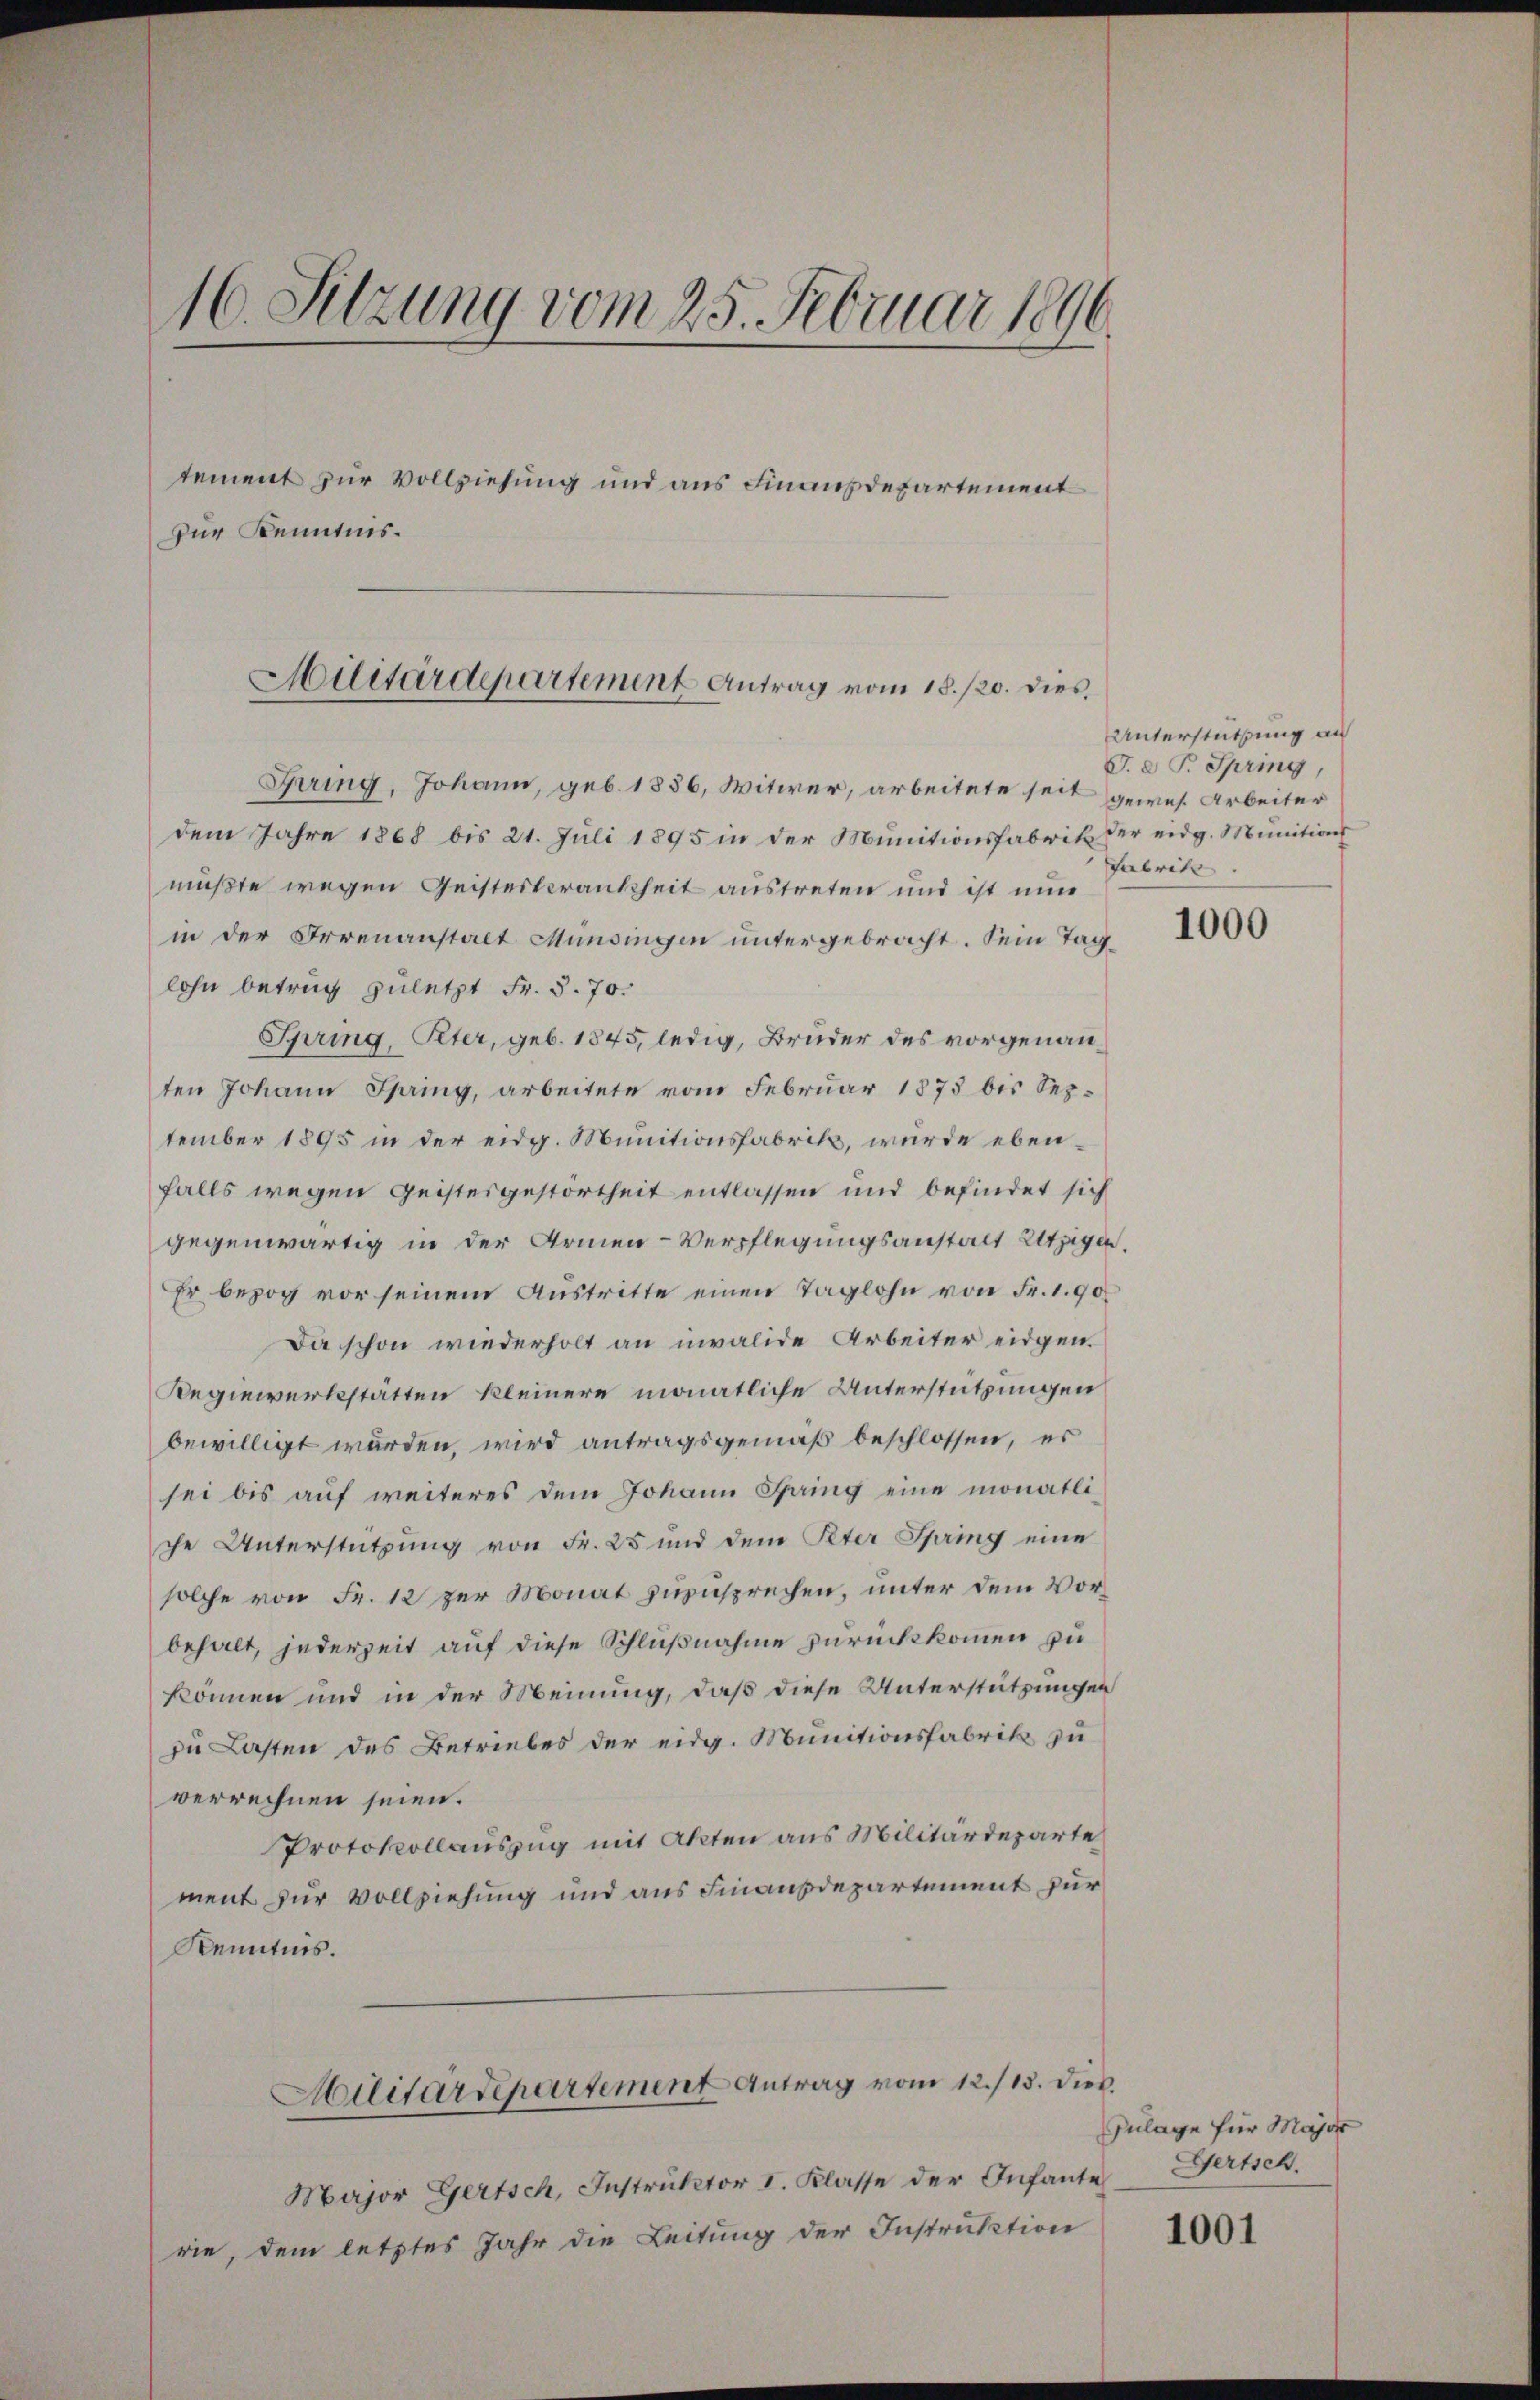
16. Sitzung vom 25. Februar 1896.
tement zur Vollziehung und aus Finanzdepartement
zur Kenntnis.

Hilitärdepartement Antrag vom 18./20. dies

Bring, Johann, geb. 1856, Witwer, arbeitete seit gewes Arbeiter
dem Jahre 1868 bis 21. Juli 1895 in der Munitionsfabrik der eidg. Munitions
müßte wegen Geisteskrankheit austreten und ist nun
in der Irrenanstalt Münsingen untergebracht. Sein Tag
lohn betrug zuletzt Fr. S. 70.
Spring, Peter, geb. 1845, ledig, Bruder des vorgenannten Johann Spring, arbeitete vom Februar 1873 bis September 1895 in der eidg. Munitionsfabrik, wurde ebenfalls wegen geistesgestörtheit entlassen und befindet sich
gegenwärtig in der Armen- Verpflegungsanstalt Utzigen.
Er bezog vor seinem Austritte einen Taglohn von Fr. 190
Da schon wiederholt an invalide Arbeiter eidgen.
Regiewerkstätten kleinere monatliche Unterstützungen
bewilligt werden, wird antragsgemäß beschlossen, es
sei bis auf weiteres dem Johann Spring eine monatliche Unterstützung von Fr. 25 und dem Peter Spring eine
solche von Fr. 12 zur Monat zuzusprechen, unter dem Vorbehalt, jederzeit auf diese Schlußnahme zurückkommen zu
können und in der Meinung, daß diese Unterstützungen
zu Lasten des Betriebes der eidg. Munitionsfabrik zu
verrechnen seien.
Protokollauszug mit Akten aus Militärdeparte
ment zur Vollziehung und aus Finanzdepartement zur
Kenntnis.
Militärdepartement Antrag vom 12./13. dies
Major Gertsch, Instruktor I. Klasse der Infante Gertsch.
rie, dem letztes Jahr die Leitung der Instruktion

Unterstützung au
G. P. Spring,
Feebrate

1000

Zulage für Major

1001